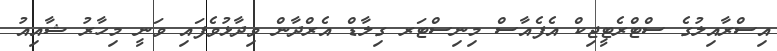
އިސްރާއިލުގެ ސްޓްރެޓީޖިކް އެފެއާސް މިނިސްޓަރ ގިލާޑް އެރްދާން ވިދާޅުވެފައި ވަނީ މިހާރު ޝާއިއު